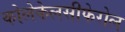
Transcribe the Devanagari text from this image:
कोलेकेलसीफेरोल